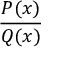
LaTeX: \frac { P ( x ) } { Q ( x ) }